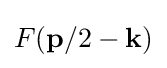
F(\mathbf {p} /2-\mathbf {k} )